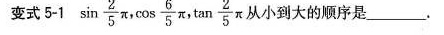
变式 5-1 \sin \frac { 2 } { 5 } \pi , \cos \frac { 6 } { 5 } \pi , \tan \frac{ 2 } { 5 } \pi 从小到大的顺序是 ___ 。